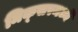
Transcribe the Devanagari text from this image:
मिक्‍सरमध्ये